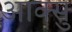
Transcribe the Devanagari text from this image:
आक्सु